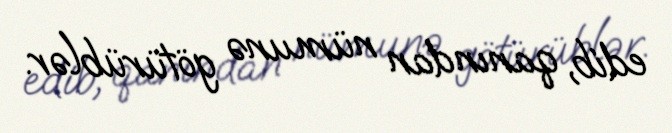
edib, qanından nümunə götürüblər.